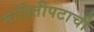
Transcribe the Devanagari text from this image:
माहितीपटाची